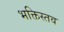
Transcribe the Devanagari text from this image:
भक्तिस्तव